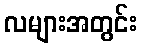
လများအတွင်း